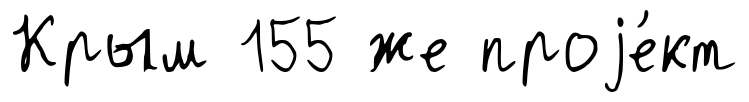
Крым 155 же проjе́кт